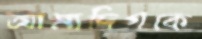
আমাদিগকে